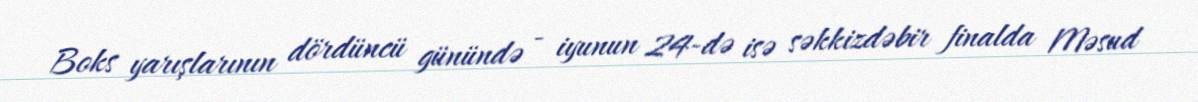
Boks yarışlarının dördüncü günündə - iyunun 24-də isə səkkizdəbir finalda Məsud